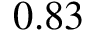
0 . 8 3